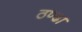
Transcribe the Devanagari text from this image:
ठण्ढा